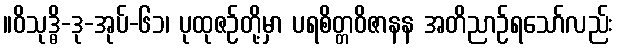
။ဝိသုဒ္ဓိ-ဒု-အုပ်-၆၁၊ ပုထုဇဉ်တို့မှာ ပရစိတ္တဝိဇာနန အတိညာဉ်ရသော်လည်း